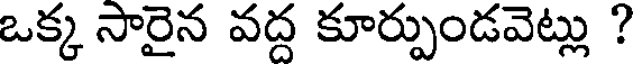
ఒక్క సారైన వద్ద కూర్పుండవెట్లు ?